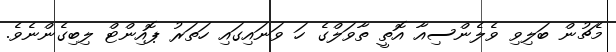
މެޗުން ބަލިވި ވެލެންސިއާ އޮތީ ތާވަލްގެ ހަ ވަނައިގައި ހަތަރު ޕޮއިންޓް ލިބިގެންނެވެ.